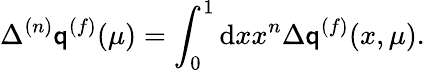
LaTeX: \Delta^{(n)}\mathsf{q}^{(f)}(\mu)=\int_{0}^{1}\mathrm{{d}}xx^{n}\Delta\mathsf{q}^{(f)}(x,\mu).